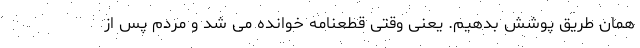
همان طریق پوشش بدهیم. یعنی وقتی قطعنامه خوانده می شد و مردم پس از